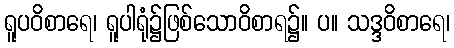
ရူပဝိစာရေ၊ ရူပါရုံ၌ဖြစ်သောဝိစာရ၌။ ပ။ သဒ္ဒဝိစာရေ၊